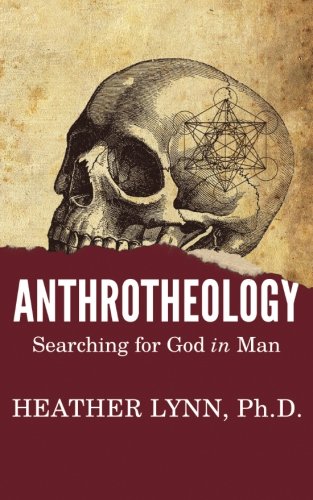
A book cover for Anthrotheology: Searching for God in Man; Dr. Heather Lynn; Religion & Spirituality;